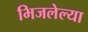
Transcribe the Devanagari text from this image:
भिजलेल्या